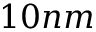
1 0 n m